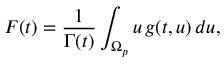
F ( t ) = \frac { 1 } { \Gamma ( t ) } \int _ { \Omega _ { p } } u \, g ( t , u ) \, d u ,